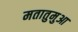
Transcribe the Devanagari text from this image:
मतातुमुआ